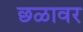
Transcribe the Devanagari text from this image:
छळावर